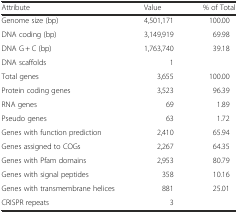
<table><thead><tr><td><b>Attribute</b></td><td><b>Value</b></td><td><b>% of Total</b></td></tr></thead><tbody><tr><td>Genome size (bp)</td><td>4,501,171</td><td>100.00</td></tr><tr><td>DNA coding (bp)</td><td>3,149,919</td><td>69.98</td></tr><tr><td>DNA G + C (bp)</td><td>1,763,740</td><td>39.18</td></tr><tr><td>DNA scaffolds</td><td>1</td><td></td></tr><tr><td>Total genes</td><td>3,655</td><td>100.00</td></tr><tr><td>Protein coding genes</td><td>3,523</td><td>96.39</td></tr><tr><td>RNA genes</td><td>69</td><td>1.89</td></tr><tr><td>Pseudo genes</td><td>63</td><td>1.72</td></tr><tr><td>Genes with function prediction</td><td>2,410</td><td>65.94</td></tr><tr><td>Genes assigned to COGs</td><td>2,267</td><td>64.35</td></tr><tr><td>Genes with Pfam domains</td><td>2,953</td><td>80.79</td></tr><tr><td>Genes with signal peptides</td><td>358</td><td>10.16</td></tr><tr><td>Genes with transmembrane helices</td><td>881</td><td>25.01</td></tr><tr><td>CRISPR repeats</td><td>3</td><td></td></tr></tbody></table>